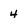
Character: 4